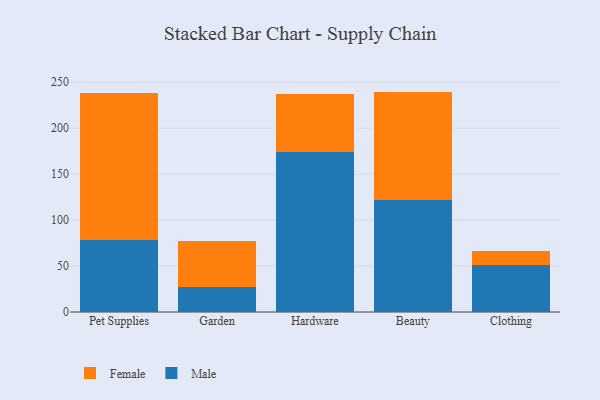
{"axis": {"x": "Category", "y": "Market Share (%)"}, "legend": ["Female", "Male"], "data": [{"x": "Pet Supplies", "y": 78.0, "type": "Male"}, {"x": "Pet Supplies", "y": 159.9, "type": "Female"}, {"x": "Garden", "y": 27.6, "type": "Male"}, {"x": "Garden", "y": 50.0, "type": "Female"}, {"x": "Hardware", "y": 174.3, "type": "Male"}, {"x": "Hardware", "y": 63.2, "type": "Female"}, {"x": "Beauty", "y": 121.6, "type": "Male"}, {"x": "Beauty", "y": 118.2, "type": "Female"}, {"x": "Clothing", "y": 51.4, "type": "Male"}, {"x": "Clothing", "y": 14.9, "type": "Female"}]}